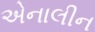
એનાલીન